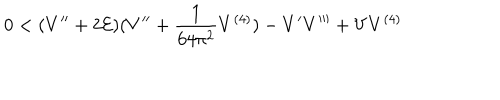
LaTeX: 0 < ( V ^ { \prime \prime } + 2 { \cal E } ) ( V ^ { \prime \prime } + \frac { 1 } { 6 4 \pi ^ { 2 } } V ^ { ( 4 ) } ) - V ^ { \prime } V ^ { \prime \prime \prime } + V V ^ { ( 4 ) }